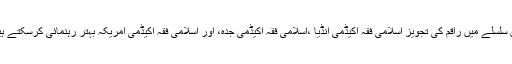
اس سلسلے میں راقم کی تجویز اسلامی فقہ اکیڈمی انڈیا ،اسلامی فقہ اکیڈمی جدہ، اور اسلامی فقہ اکیڈمی امریکہ بہتر رہنمائی کرسکتے ہیں۔